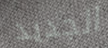
الجديد